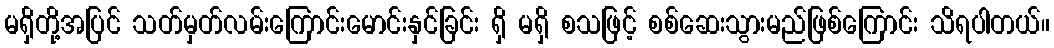
မရှိတို့အပြင် သတ်မှတ်လမ်းကြောင်းမောင်းနှင်ခြင်း ရှိ မရှိ စသဖြင့် စစ်ဆေးသွားမည်ဖြစ်ကြောင်း သိရပါတယ်။